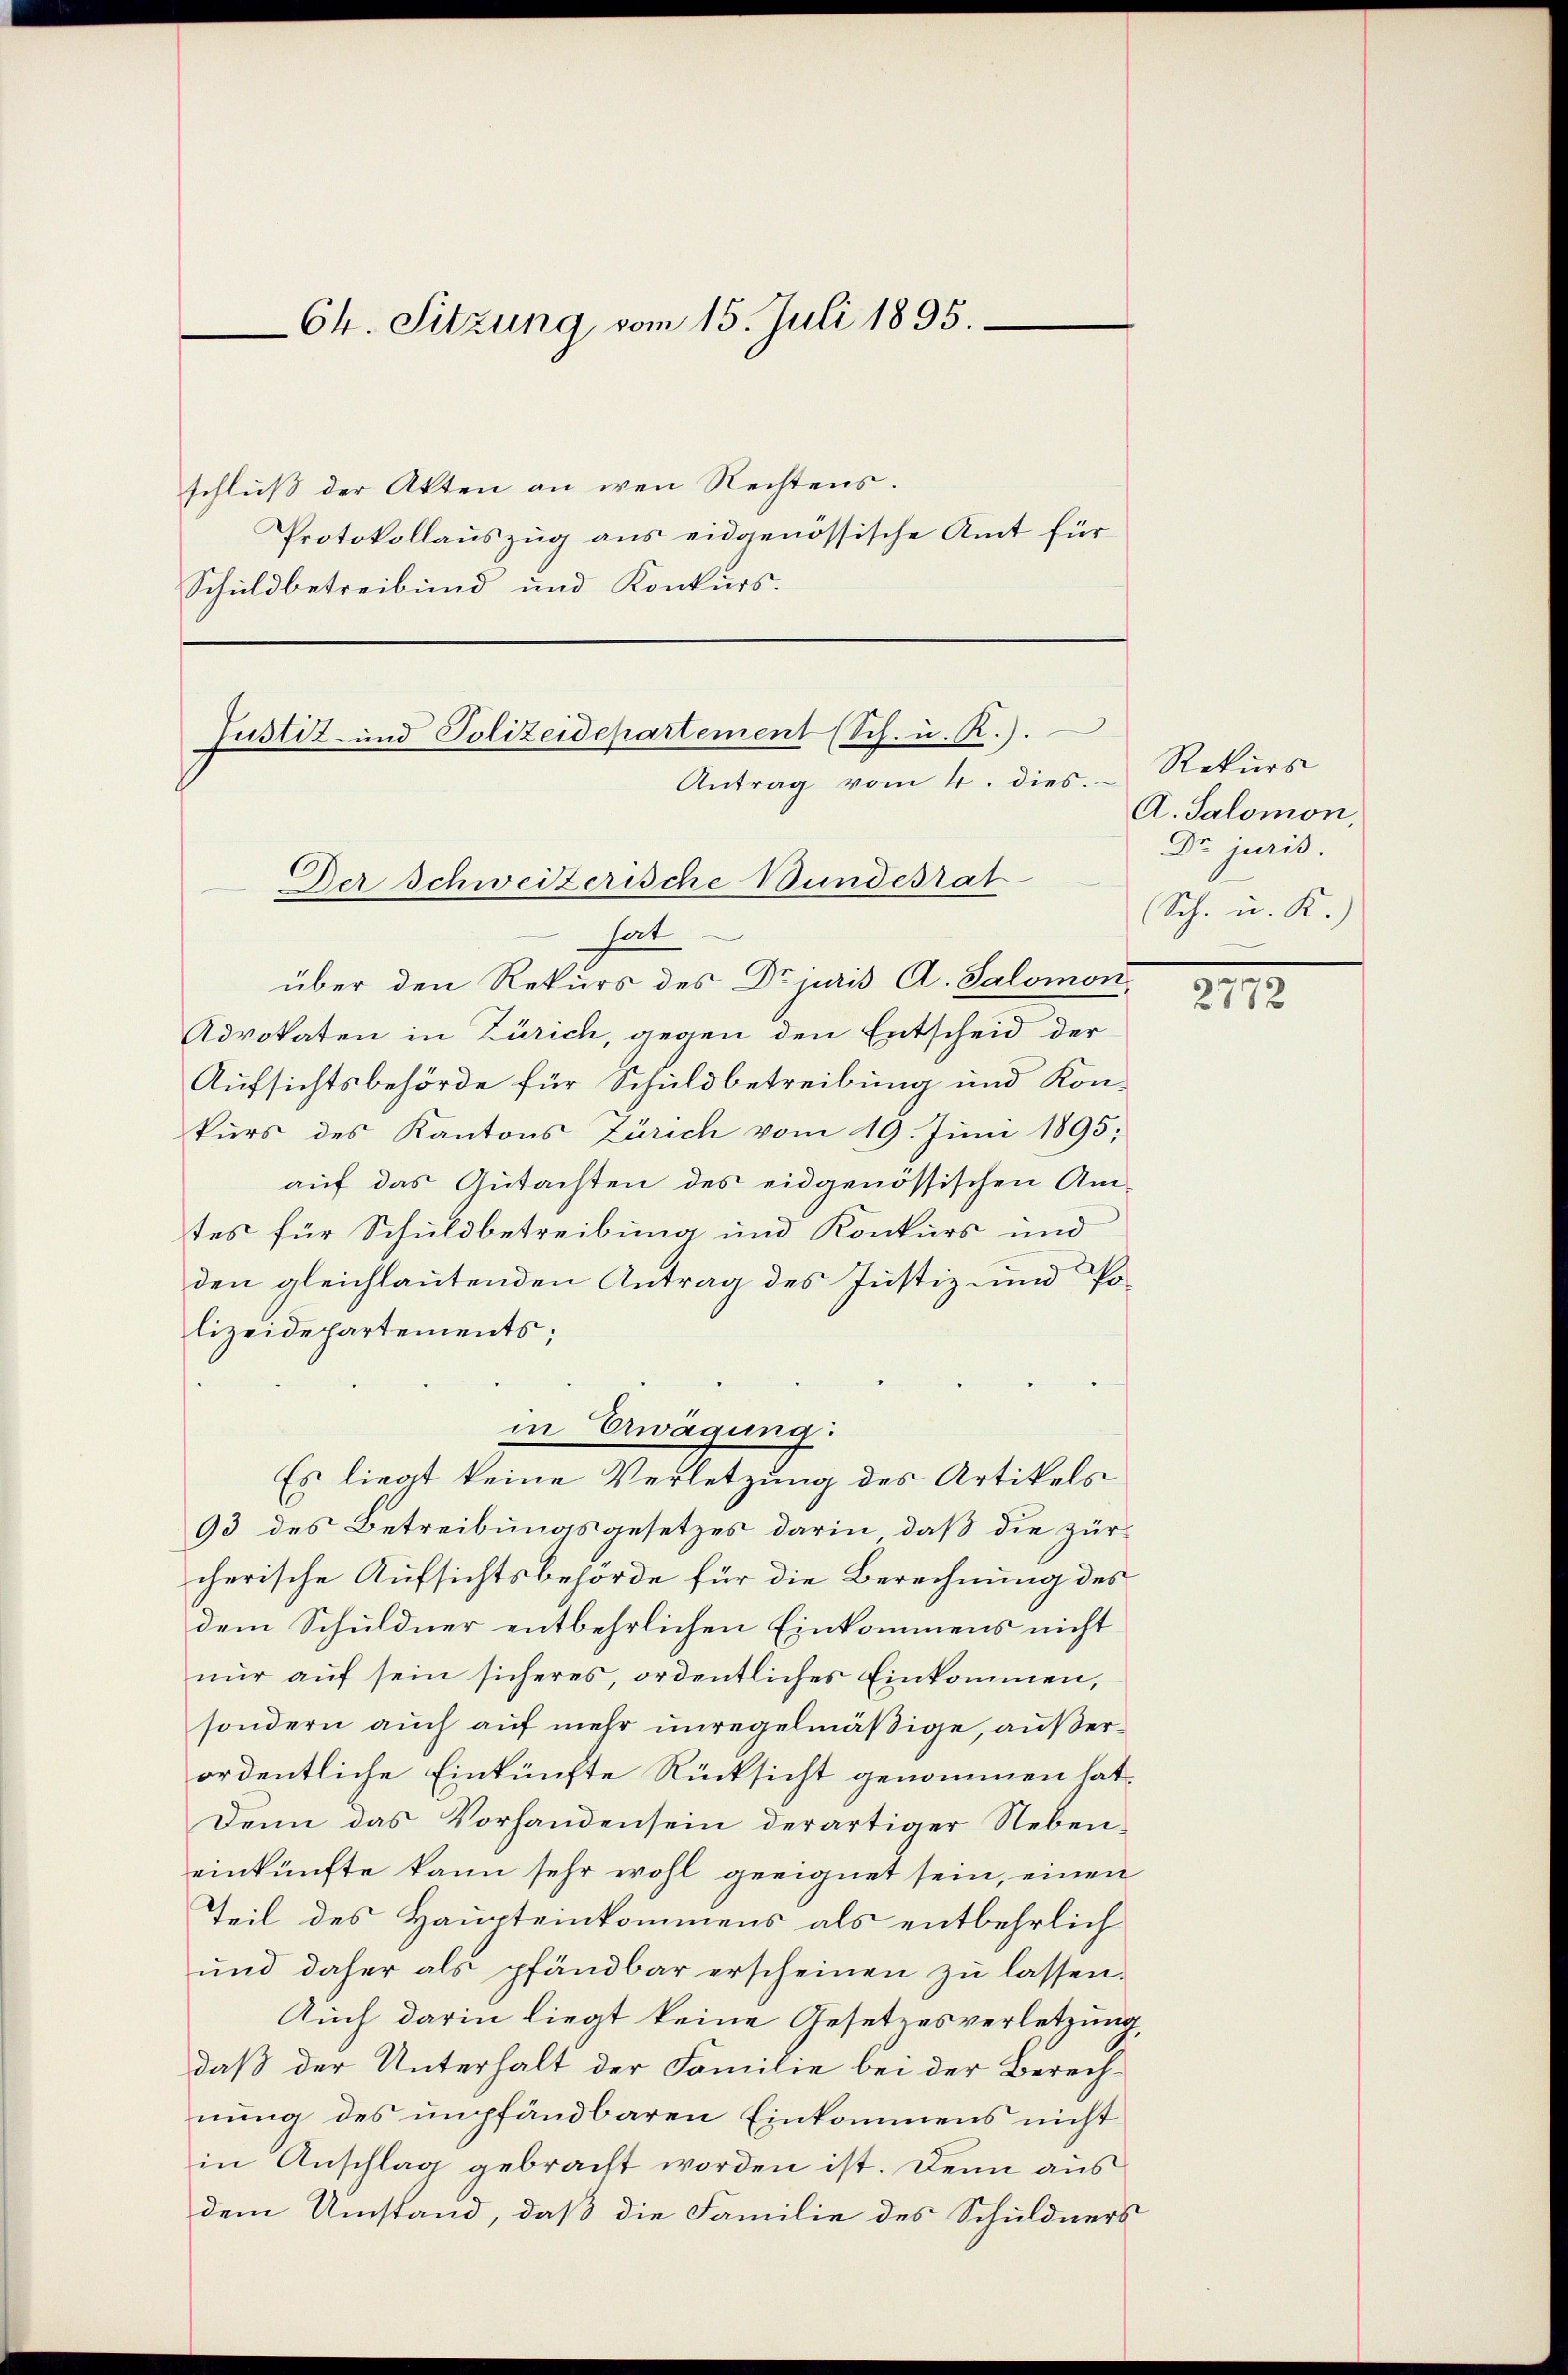
64. Sitzung vom 15. Juli 1895.

schluß der Akten an wen Rechtens.
Protokollauszug aus eidgenössische Amt für
Schuldbetreibund und Konkurs.

Justiz- und Polizeidepartement (Sch. u. R.).
Antrag vom 4. dies.
Der Schweizerische Bundesrat

hat
über den Rekurs des Dr juris A. Salomon,
Advokaten in Zürich, gegen den Entscheid der
Aufsichtsbehörde für Schuldbetreibung und Kon-
kurs des Kantons Zürich vom 19. Juni 1895;
aŭf das Gutachten des eidgenössischen Am-
tes für Schuldbetreibung und Konkurs und
den gleichlautenden Antrag des Justiz- und Polizeidepartements;
in Erwägung:
Es liegt keine Verletzung der Artikels
93 des Betreibungsgesetzes darin, daß die zür
cherische Aufsichtsbehörde für die Berechnung des
dem Schuldner entbehrlichen Einkommens nicht
nur auf sein sicheres, ordentliches Einkommen,
sondern auch auf mehr unregelmäßige, außerordentliche Einkünfte Rücksicht genommen hat.
Denn das Vorhandensein derartiger Nebeneinkünfte kann sehr wohl geeignet sein, einen
Teil des Haupteinkommens als entbehrlich
ŭnd daher als pfändbar erscheinen zŭ lassen.
Auch darin liegt keine Gesetzesverletzung,
daß der Unterhalt der Familie bei der Berechnung des umpfandbaren Einkommens nicht
in Anschlag gebracht worden ist. Denn aus
dem Umstand, daß die Familie des Schuldners

Rekurs
A. Salomon,
Dr juris.
Sch. u. K.)

2772